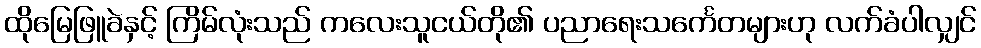
ထိုမြေဖြူခဲနှင့် ကြိမ်လုံးသည် ကလေးသူငယ်တို၏ ပညာရေးသင်္ကေတများဟု လက်ခံပါလျှင်